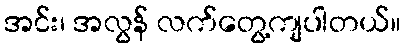
အင်း၊ အလွန် လက်တွေ့ကျပါတယ်။